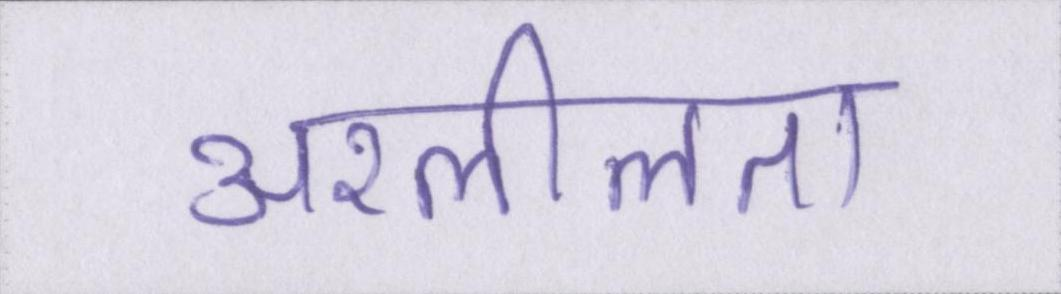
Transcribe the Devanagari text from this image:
अश्लीलता